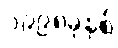
၁၉၉၈ခုနှစ်